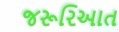
જરૂરિઆત